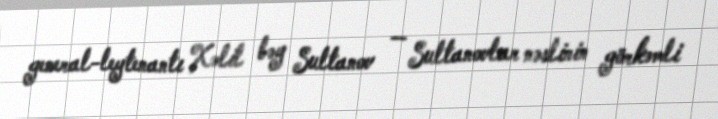
general-leytenantı Xəlil bəy Sultanov — Sultanovlar nəslinin görkəmli